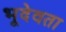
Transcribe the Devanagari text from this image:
भूदेवता